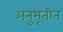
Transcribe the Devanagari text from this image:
अनुभूतीत